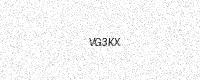
Text: VG3KX